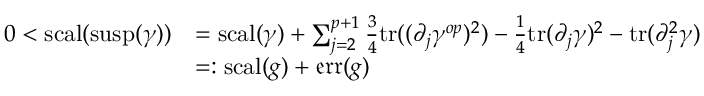
\begin{array} { r l } { 0 < \mathord { \mathrm { s c a l } } ( \mathrm { s u s p } ( \gamma ) ) } & { = \mathord { \mathrm { s c a l } } ( \gamma ) + \sum _ { j = 2 } ^ { p + 1 } \frac { 3 } { 4 } \mathrm { t r } ( ( \partial _ { j } \gamma ^ { o p } ) ^ { 2 } ) - \frac { 1 } { 4 } \mathrm { t r } ( \partial _ { j } \gamma ) ^ { 2 } - \mathrm { t r } ( \partial _ { j } ^ { 2 } \gamma ) } \\ & { = : \mathord { \mathrm { s c a l } } ( g ) + \mathfrak { e r r } ( g ) } \end{array}